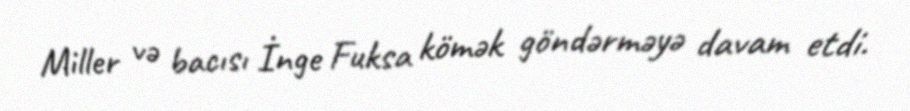
Miller və bacısı İnge Fuksa kömək göndərməyə davam etdi.